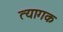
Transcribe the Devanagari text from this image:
त्यागक